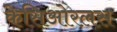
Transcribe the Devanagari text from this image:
केसिओरलस